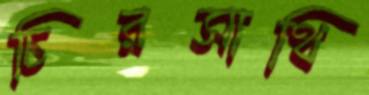
চিরসাথি